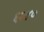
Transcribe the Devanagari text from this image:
६२४०